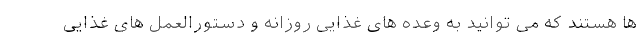
ها هستند که می توانید به وعده های غذایی روزانه و دستورالعمل های غذایی